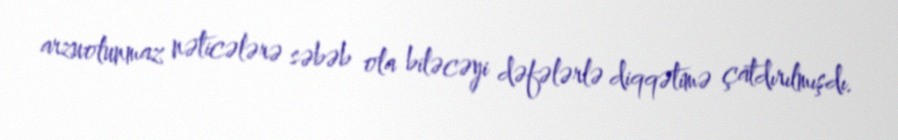
arzuolunmaz nəticələrə səbəb ola biləcəyi dəfələrlə diqqətimə çatdırılmışdı.